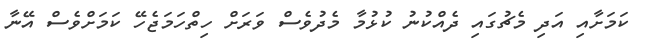
ކަމަށާއި އަދި މެޗުގައި ދެއްކުނު ކުޅުމާ މެދުވެސް ވަރަށް ހިތްހަމަޖެހޭ ކަމަށްވެސް އޭނާ